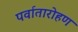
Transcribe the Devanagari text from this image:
पर्वातारोहण